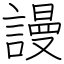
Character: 謾